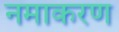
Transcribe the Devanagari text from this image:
नमाकरण